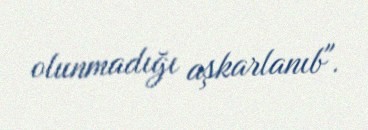
olunmadığı aşkarlanıb".